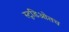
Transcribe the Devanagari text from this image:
स्टुडिओतच